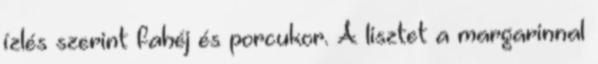
ízlés szerint fahéj és porcukor. A lisztet a margarinnal